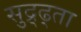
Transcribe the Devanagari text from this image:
सुद्र्ढ्ता